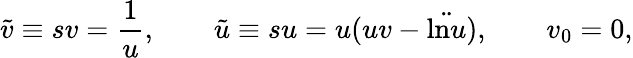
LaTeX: \tilde{v}\equiv sv=\frac{1}{u},\qquad\tilde{u}\equiv su=u(uv-\ddot{\mathrm{ln}u}),\qquad v_{0}=0,